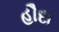
હૌદા